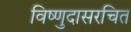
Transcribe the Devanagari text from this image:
विष्णुदासरचित